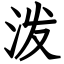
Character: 泼